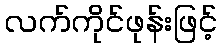
လက်ကိုင်ဖုန်းဖြင့်